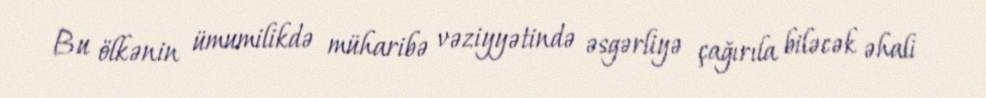
Bu ölkənin ümumilikdə müharibə vəziyyətində əsgərliyə çağırıla biləcək əhali